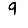
Digit: 9